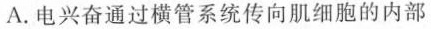
A. 电兴奋通过横管系统传向肌细胞的内部